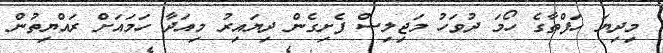
މިދިޔަ ހަފްތާގެ ހޯމަ ދުވަހު މަޖިލިސް ފެށިގެން ދިޔައިރު މިއަދާ ހަމައަށް ރައްޔިތުން